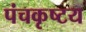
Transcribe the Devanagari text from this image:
पंचकृष्टय